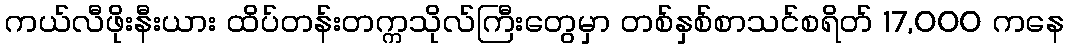
ကယ်လီဖိုးနီးယား ထိပ်တန်းတက္ကသိုလ်ကြီးတွေမှာ တစ်နှစ်စာသင်စရိတ် 17,000 ကနေ